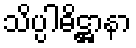
သိပ္ပါဓိဋ္ဌာနာ